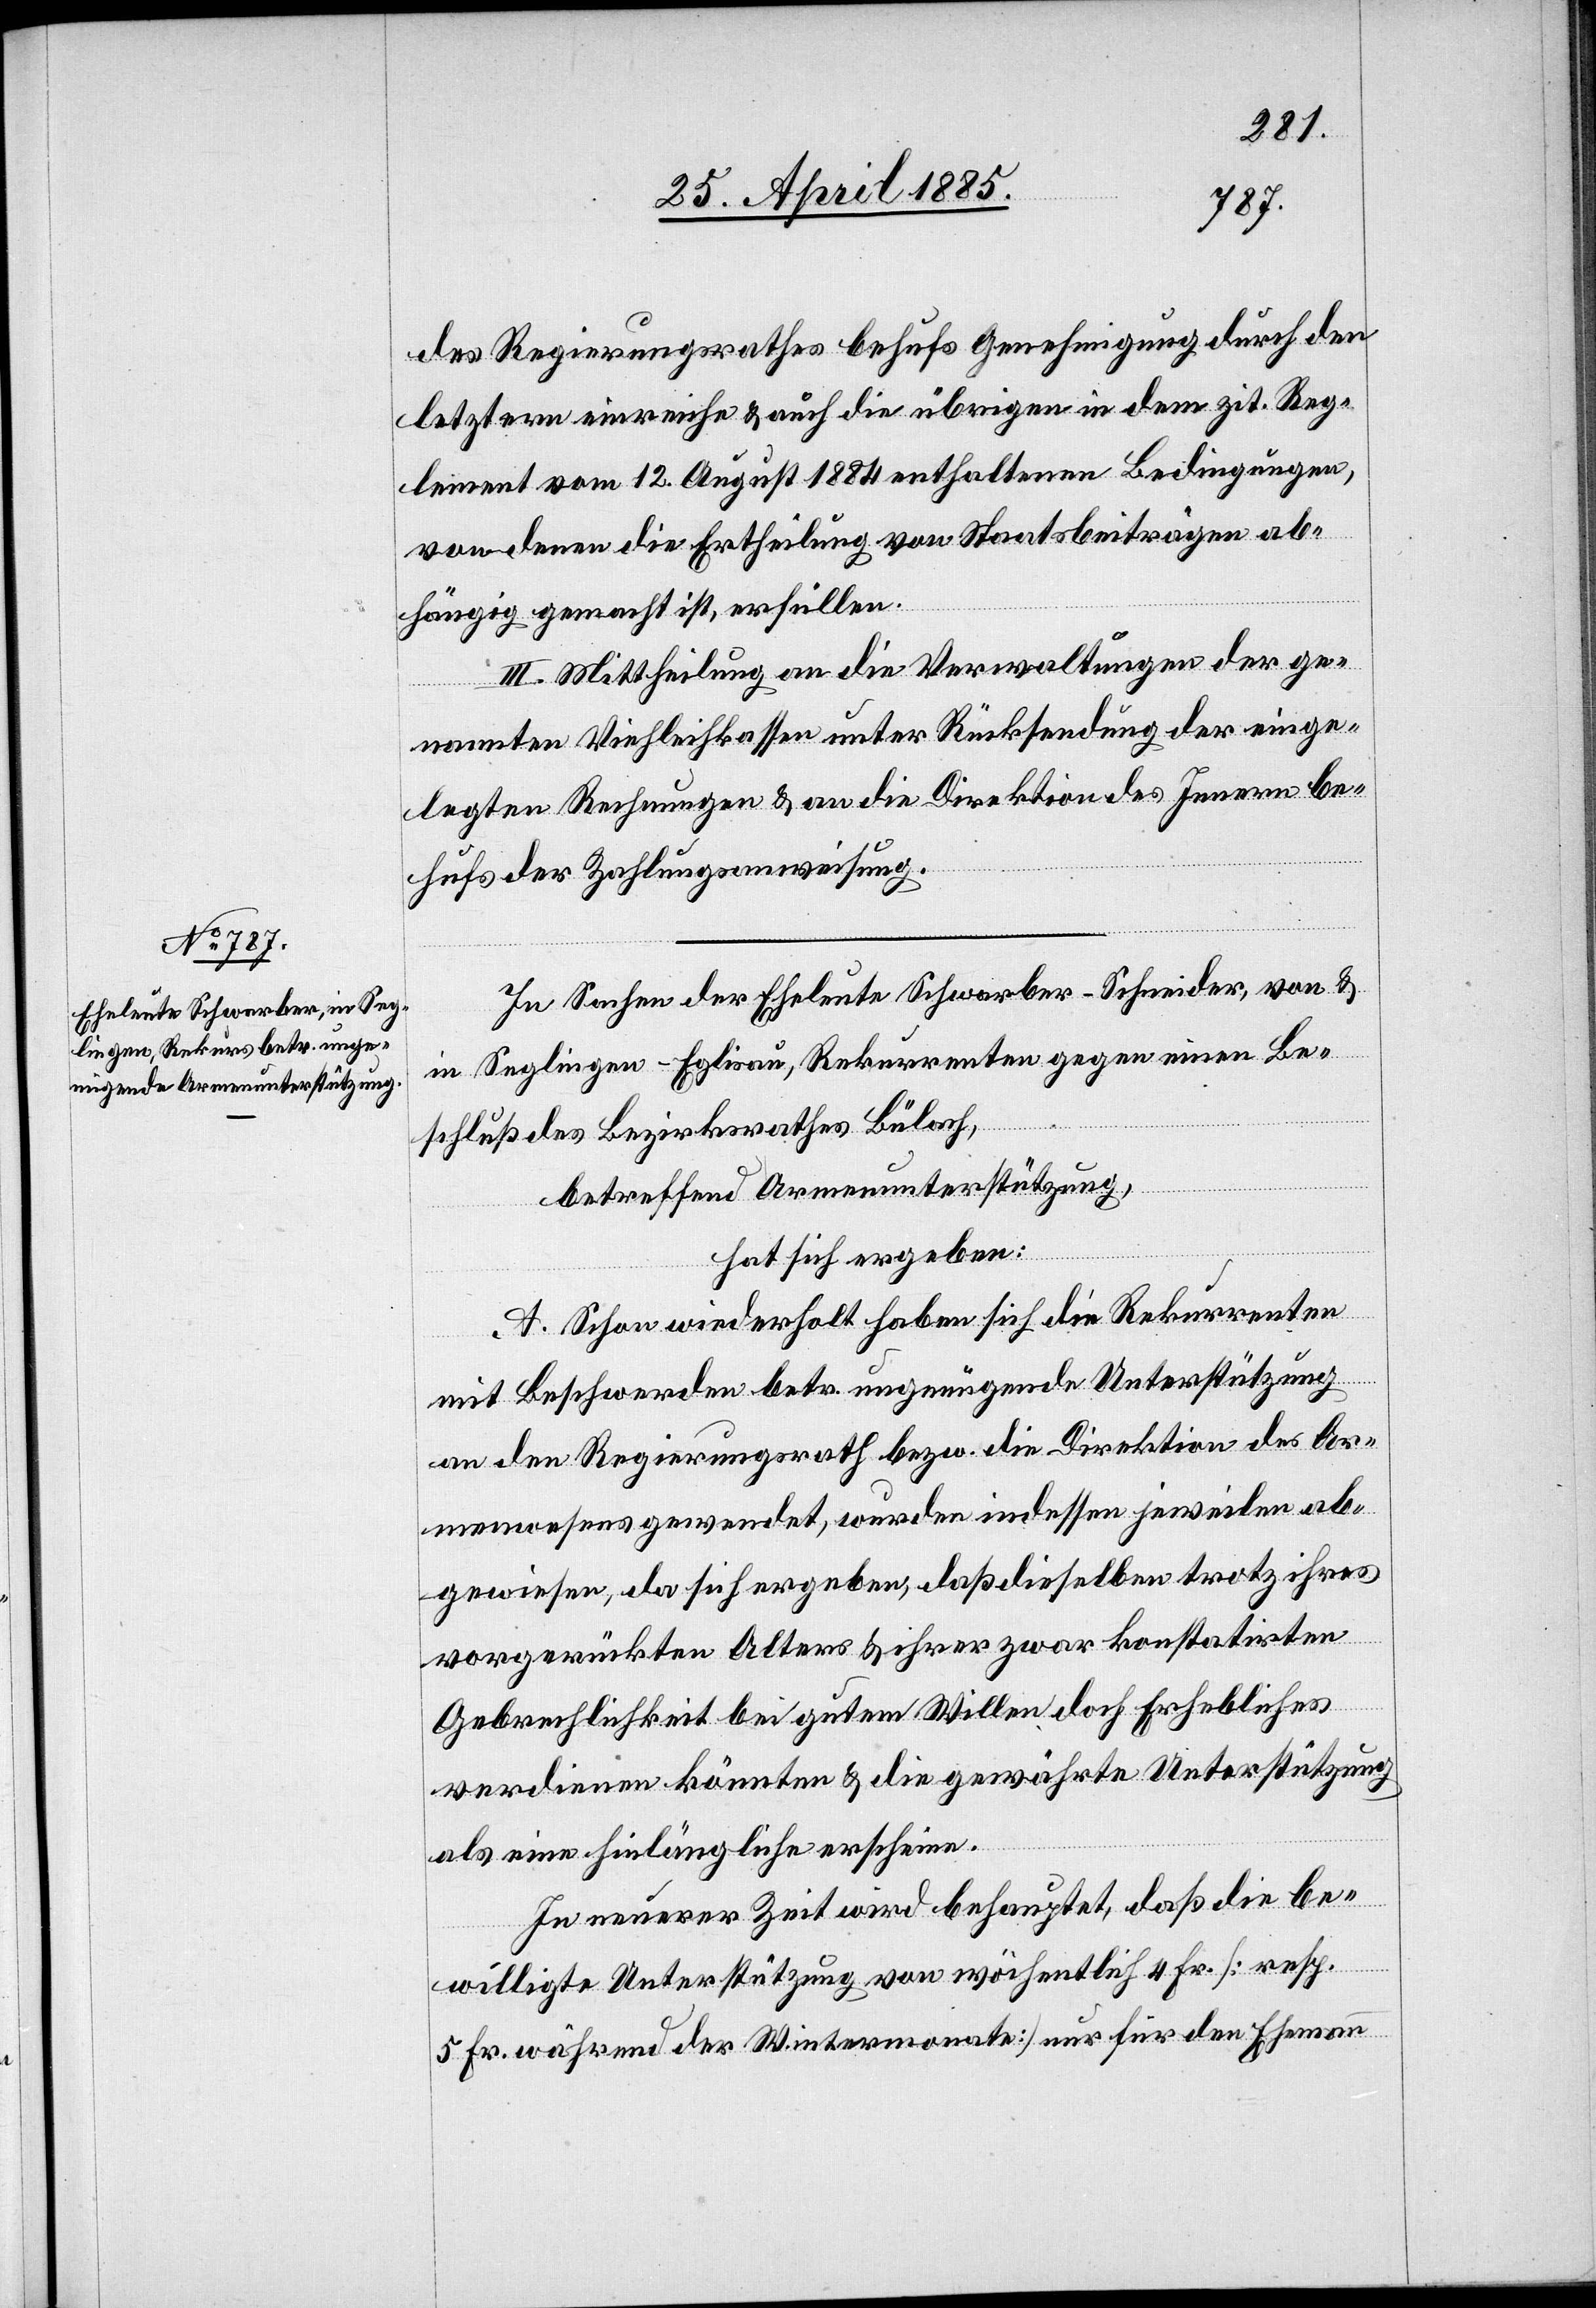
des Regierungsrathes behufs Genehmigung durch den
letztern einreiche & auch die übrigen in dem zit. Reg¬
lement vom 12. August 1884 enthaltenen Bedingungen,
von denen die Ertheilung von Staatsbeiträgen ab¬
hängig gemacht ist, erfüllen.
III. Mittheilung an die Verwaltungen der ge¬
nannten Viehleihkassen unter Rücksendung der einge¬
legten Rechnungen & an die Direktion des Innern be¬
hufs der Zahlungsanweisung.
In Sachen der Eheleute Schwarber-Schneider, von &
in Seglingen - Eglisau, Rekurrenten gegen einen Be¬
schluß des Bezirksrathes Bülach,
betreffend Armenunterstützung,
hat sich ergeben:
A. Schon wiederholt haben sich die Rekurrenten
mit Beschwerden betr. ungenügende Unterstützung
an den Regierungsrath bezw. die Direktion des Ar¬
menwesens gewendet, wurden indessen jeweilen ab¬
gewiesen, da sich ergeben, daß dieselben trotz ihres
vorgerückten Alters & ihrer zwar konstatirten
Gebrechlichkeiten bei gutem Willen doch Erhebliches
verdienen könnten & die gewährte Unterstützung
als eine hinlängliche erscheine.
In neuerer Zeit wird behauptet, daß die be¬
willigte Unterstützung von wöchentlich 4 Fr. [resp.
5 Fr. während der Wintermonate] nur für den Ehemann